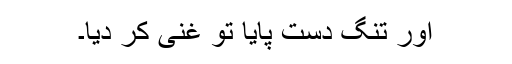
اور تنگ دست پایا تو غنی کر دیا۔